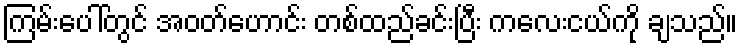
ကြမ်းပေါ်တွင် အဝတ်ဟောင်း တစ်ထည်ခင်းပြီး ကလေးငယ်ကို ချသည်။